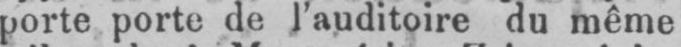
porte porte de l’auditoire du même